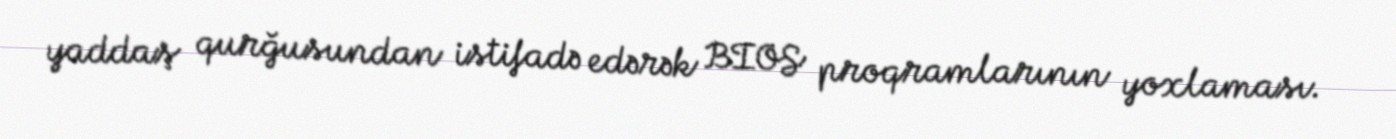
yaddaş qurğusundan istifadə edərək BIOS proqramlarının yoxlaması.